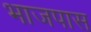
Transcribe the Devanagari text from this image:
भाजपास